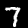
Label: 7